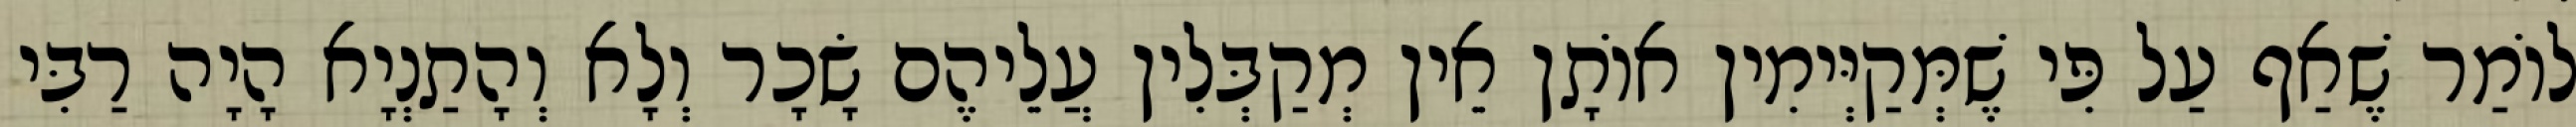
לוֹמַר שֶׁאַף עַל פִּי שֶׁמְּקַיְּימִין אוֹתָן אֵין מְקַבְּלִין עֲלֵיהֶם שָׂכָר וְלָא וְהָתַנְיָא הָיָה רַבִּי